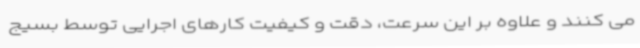
می کنند و علاوه بر این سرعت، دقت و کیفیت کارهای اجرایی توسط بسیج